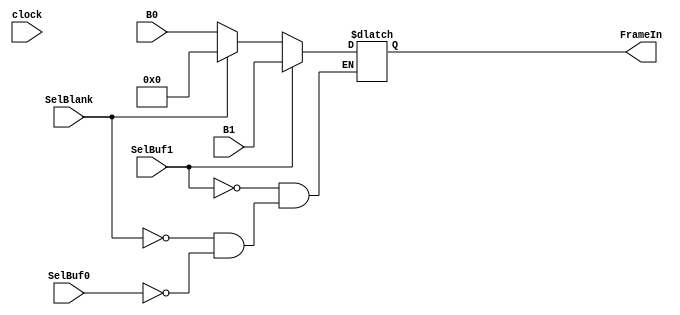
module frame_mux(FrameIn,B0,B1,SelBuf0,SelBlank,SelBuf1,clock);

output reg[7:0] FrameIn;
input[7:0] B0,B1;
input SelBuf0,SelBlank,SelBuf1,clock;


always@(*)
begin
	if(SelBuf0) FrameIn <= B0;
	if(SelBlank)FrameIn <= 8'b0;
	if(SelBuf1) FrameIn <= B1;

end
endmodule